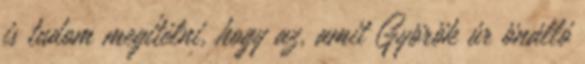
is tudom megítélni, hogy az, amit Györök úr önálló